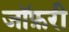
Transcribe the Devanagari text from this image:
जॉफ़री